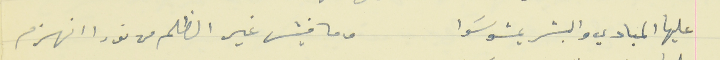
عليها المبادي والبشر يمشو سَوا                                       وما فيش غير الظلم من نورا انهزم